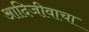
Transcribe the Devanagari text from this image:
आदिजीवाचा